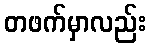
တဖက်မှာလည်း